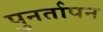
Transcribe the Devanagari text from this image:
पुनर्तापन